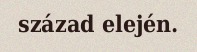
század elején.